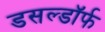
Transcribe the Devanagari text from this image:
डसल्डॉर्फ